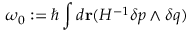
\omega _ { 0 } : = \hbar \int d { \bf r } ( { \cal H } ^ { - 1 } \delta p \wedge \delta q )